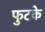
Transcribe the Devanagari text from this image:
फुटके